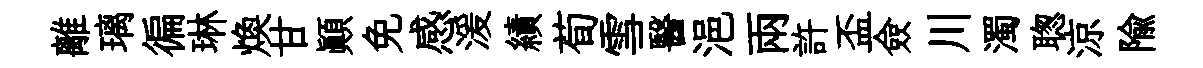
離璃徧琳焕甘顛免感湲績荀雪醫浥兩許盃僉川濁聦涼隃